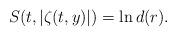
LaTeX: \begin{align*}S(t,|\zeta(t,y)|)= \ln d(r).\end{align*}